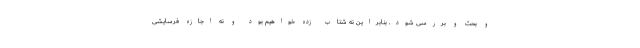
و بحث و بررسی شود. بنابراین نه شتاب زده خواهیم بود و نه اجازه فرسایشی